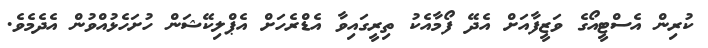
ކުރިން އެސްޓީއޯގެ ވަޒީފާއަށް އެދޭ ފޯމާއެކު ތިރީގައިވާ އެޑްރެހަށް އެޕްލިކޭޝަން ހުށަހެޅުއްވުން އެދެމެވެ.